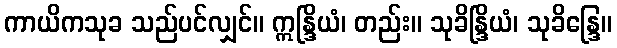
ကာယိကသုခ သည်ပင်လျှင်။ ဣန္ဒြိယံ၊ တည်း။ သုခိန္ဒြိယံ၊ သုခိန္ဒြေ။